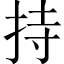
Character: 持